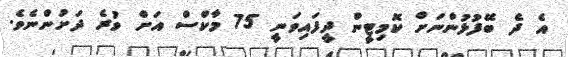
އެ ދެ ބޭފުޅުންނަށް ކޮމިޓީން ދީފައިވަނީ 75 މާކްސް އަށް ވުރެ ދަށުންނެވެ.